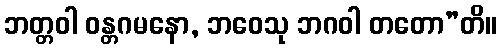
ဘတ္တဝါ ဝန္တဂမနော, ဘဝေသု ဘဂဝါ တတော”တိ။